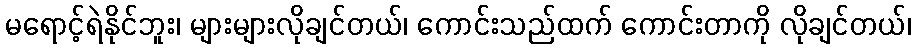
မရောင့်ရဲနိုင်ဘူး၊ များများလိုချင်တယ်၊ ကောင်းသည်ထက် ကောင်းတာကို လိုချင်တယ်၊